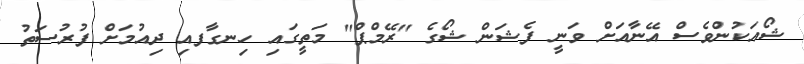
ޝޯއަކުންވެސް އޭނާއަށް ވަނީ ފެޝަން ޝޯގެ "ރޭމްޕް" މަތީގައި ހިނގާފއި ދިއުމަށް ފުރުސަތު